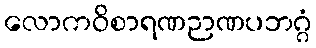
လောကဝိစာရဏဉာဏပဘဂ္ဂံ